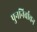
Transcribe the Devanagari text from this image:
पुननिर्वाचन